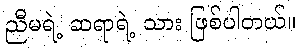
ညီမရဲ့ ဆရာရဲ့ သား ဖြစ်ပါတယ်။